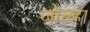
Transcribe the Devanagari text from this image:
जोल्हा